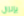
بإنزال